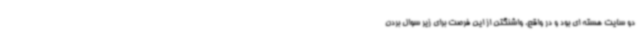
دو سایت هسته ای بود و در واقع، واشنگتن از این فرصت برای زیر سوال بردن